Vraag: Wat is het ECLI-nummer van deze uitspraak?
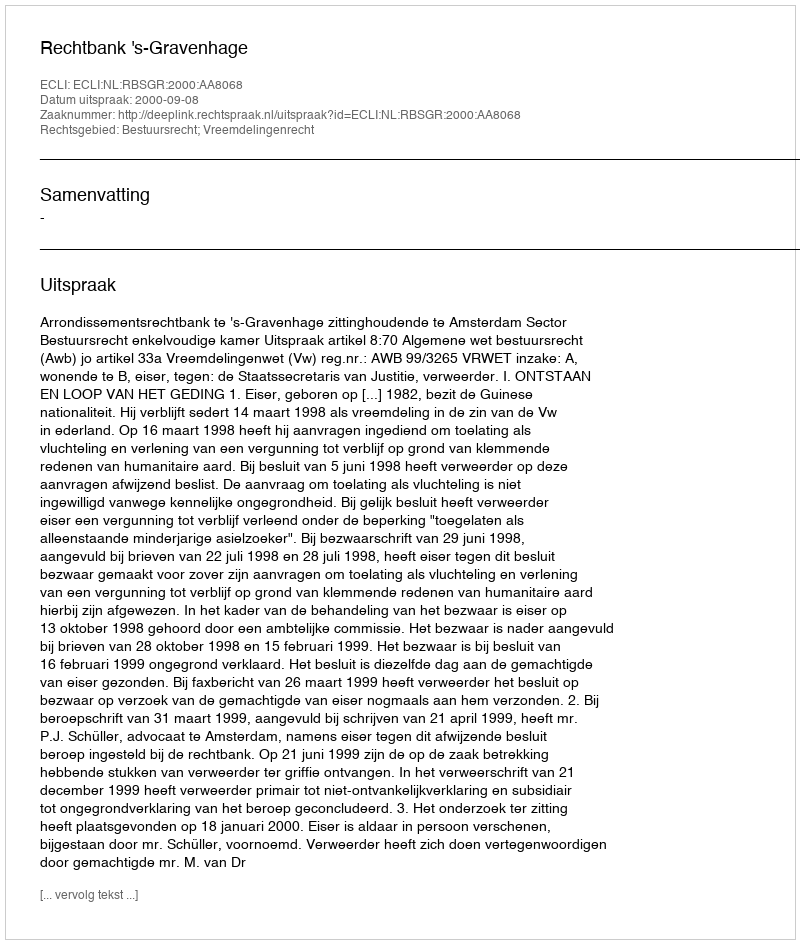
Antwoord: ECLI:NL:RBSGR:2000:AA8068